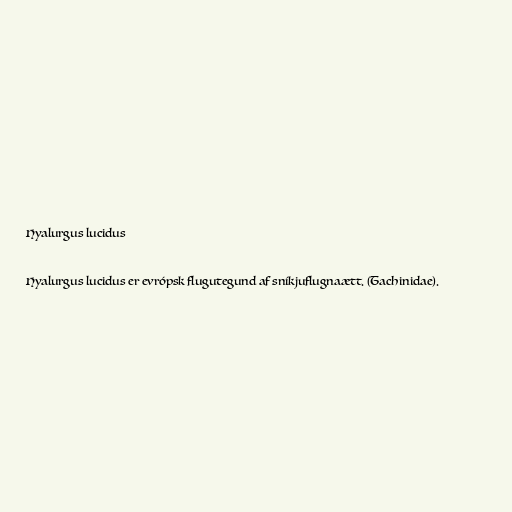
Hyalurgus lucidus

Hyalurgus lucidus er evrópsk flugutegund af sníkjuflugnaætt. (Tachinidae).